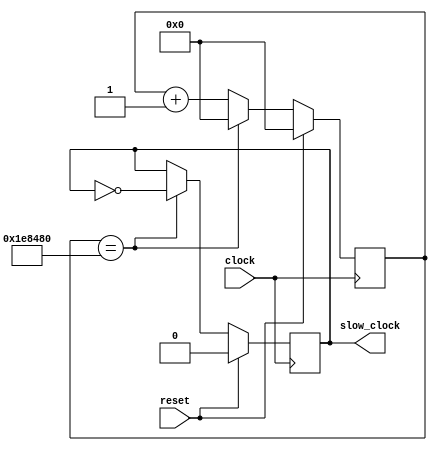
module clock_div #(parameter CLOCK_PERIOD=2000000)
    (input reset,
    input clock,
    output reg slow_clock
    );
    
    //assume incoming signal is 25 mhz, so we need to slow clock down by 250000
    //every 125000 posedges of clock we will toggle slow_clock state
    reg [27:0] count = 0;
    always @(posedge clock)begin
        if (reset) begin
            count <= 0;
            slow_clock <= 0;
        end else begin
            if (count == CLOCK_PERIOD)begin
                count <= 0;
                slow_clock <= !slow_clock;
            end else begin
                count <= count + 1;
            end
        end
    end
    
endmodule